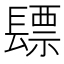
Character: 𮤃